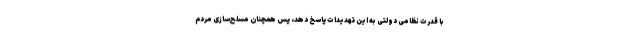
با قدرت نظامی دولتی به این تهدیدات پاسخ دهد، پس همچنان مسلح‌سازی مردم